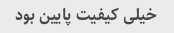
خیلی کیفیت پایین بود